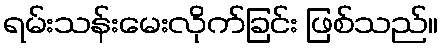
ရမ်းသန်းမေးလိုက်ခြင်း ဖြစ်သည်။